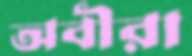
অবীরা